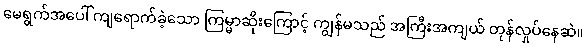
မေရွက်အပေါ် ကျရောက်ခဲ့သော ကြမ္မာဆိုးကြောင့် ကျွန်မသည် အကြီးအကျယ် တုန်လှုပ်နေဆဲ။